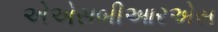
એએસબીઆરએસ